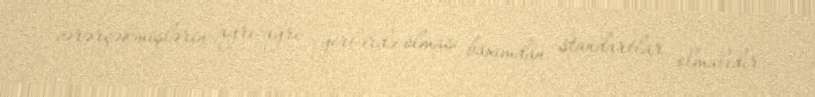
zərərçəkmişlərin ayrı-ayrı yerlərdə olması baxımdan standartlar olmalıdır.